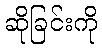
ဆိုခြင်းကို